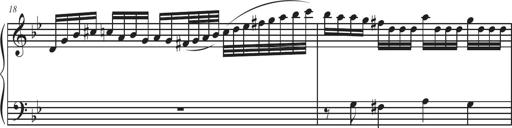
Title: Sonatina Espania
Composer: Jerald Franklin Archer
Key: Various